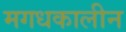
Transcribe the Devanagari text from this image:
मगधकालीन